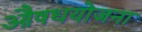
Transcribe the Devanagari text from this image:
औषधयोजना